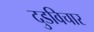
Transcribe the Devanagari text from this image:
दुडविचार